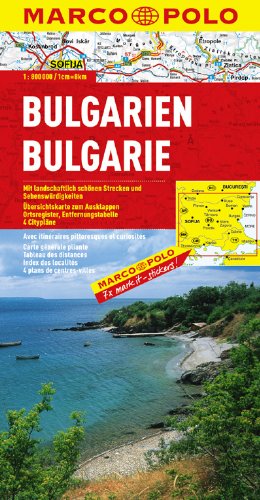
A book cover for Bulgaria Marco Polo Map (Marco Polo Maps); Marco Polo Travel; Travel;